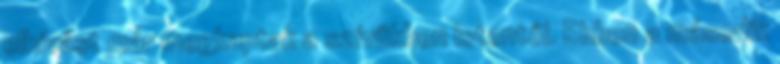
elhívást már megkaptak a szívükben Istentől. Ebben a második